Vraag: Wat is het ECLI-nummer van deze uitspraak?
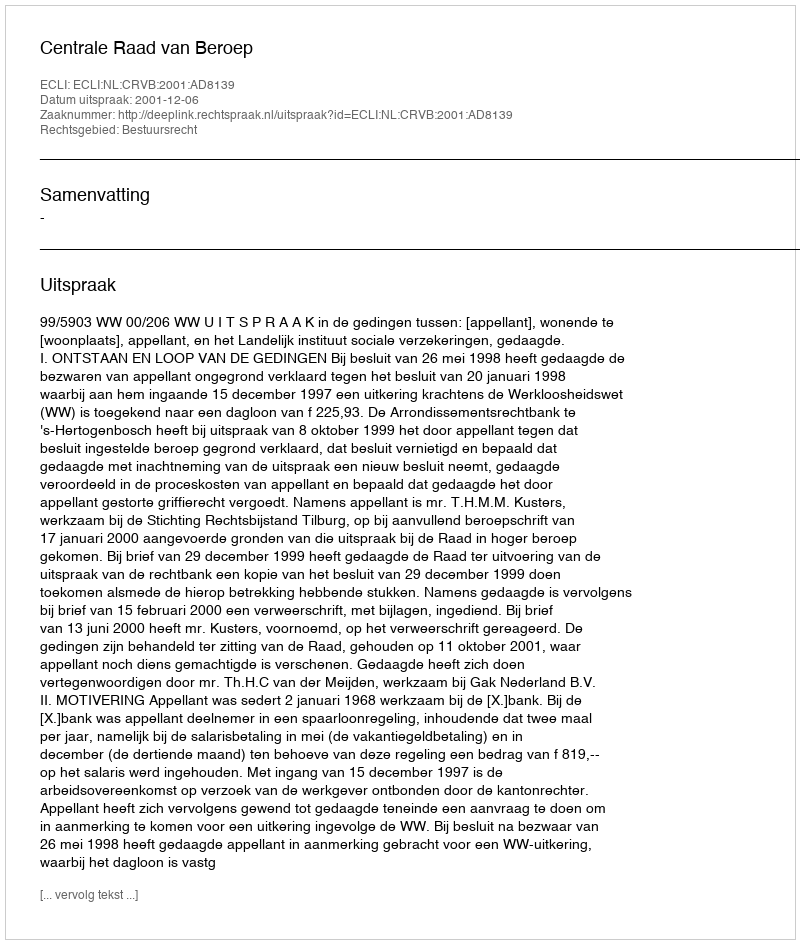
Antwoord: ECLI:NL:CRVB:2001:AD8139